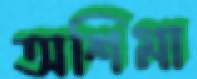
অশিমা